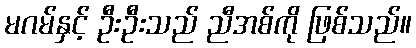
မဂမ်နှင့် ဦးဦးသည် ညီအစ်ကို ဖြစ်သည်။